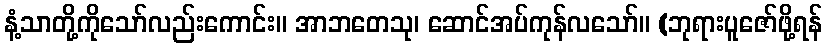
နံ့သာတို့ကိုသော်လည်းကောင်း။ အာဘတေသု၊ ဆောင်အပ်ကုန်လသော်။ (ဘုရားပူဇော်ဖို့ရန်